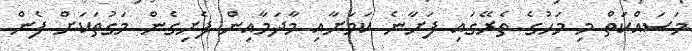
މަސައްކަތް މި މަހުގެ ތެރޭގައި ފަށާނެ ކަމަށާއި މާދަމާއިން ފެށިގެން މަގުތަކަށް ފެން